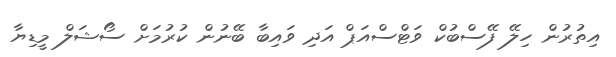
އިތުރުން ހިލޭ ފޭސްބުކް ވަޓްސްއަޕް އަދި ވައިބާ ބޭނުން ކުރުމަށް ސޯޝަލް މީޑިޔާ